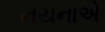
નયનાએ